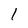
Character: 1